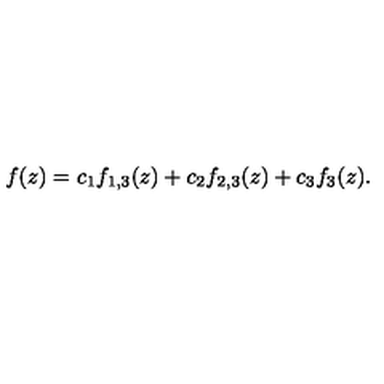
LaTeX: f ( z ) = c _ { 1 } f _ { 1 , 3 } ( z ) + c _ { 2 } f _ { 2 , 3 } ( z ) + c _ { 3 } f _ { 3 } ( z ) .